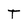
Character: T